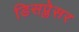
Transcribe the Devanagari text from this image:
डिसप्लेसर